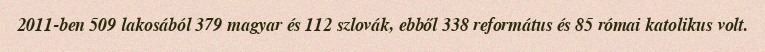
2011-ben 509 lakosából 379 magyar és 112 szlovák, ebből 338 református és 85 római katolikus volt.